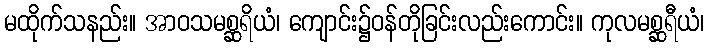
မထိုက်သနည်း။ အာဝသမစ္ဆရိယံ၊ ကျောင်း၌ဝန်တိုခြင်းလည်းကောင်း။ ကုလမစ္ဆရီယံ၊